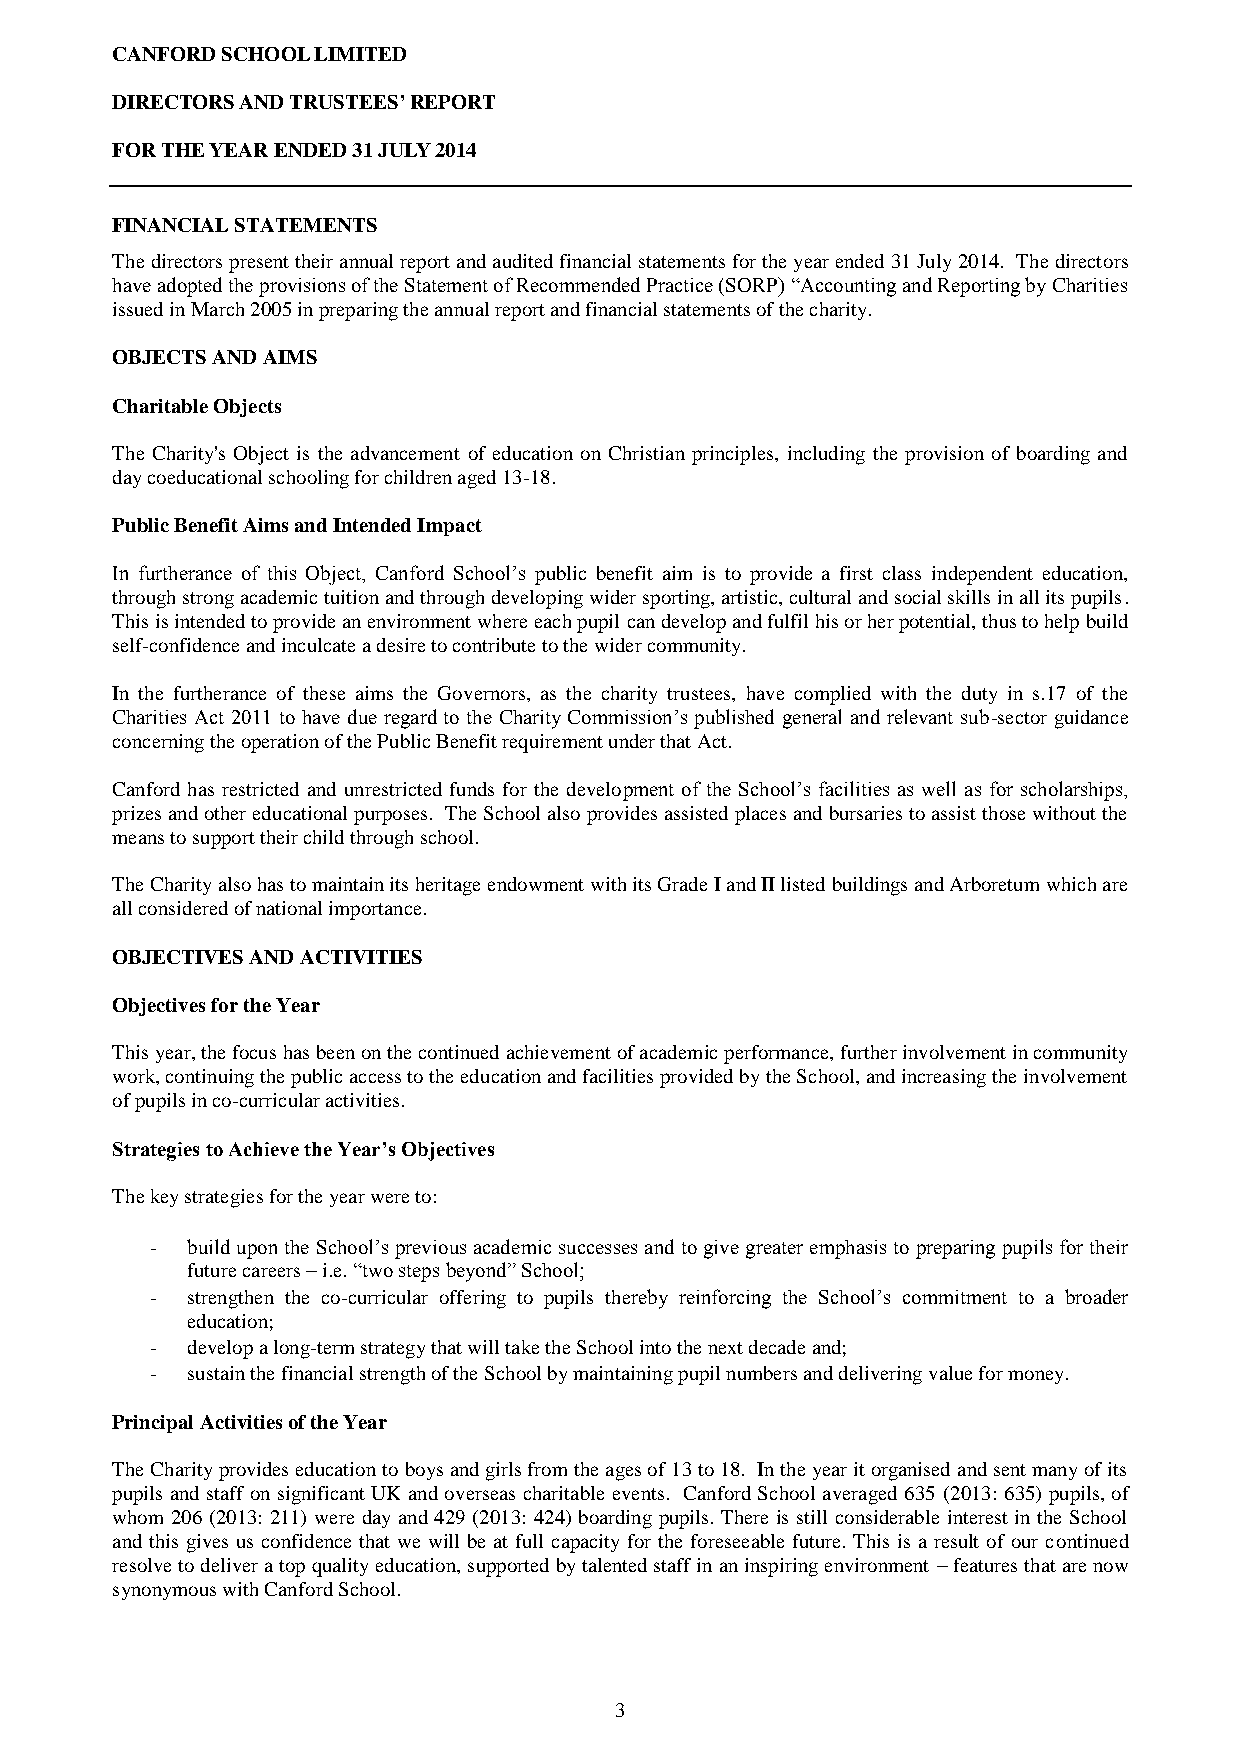
CANFORD SCHOOL LIMITED
 DIRECTORS AND TRUSTEES’ REPORT
 FOR THE YEAR ENDED 31 JULY 2014
 FINANCIAL STATEMENTS
 The directors present their annual report and audited financial statements for the year ended 31 July 2014. The directors
 have adopted the provisions of the Statement of Recommended Practice (SORP) “Accounting and Reporting by Charities
 issued in March 2005 in preparing the annual report and financial statements of the charity.
 OBJECTS AND AIMS
 Charitable Objects
 The Charity's Object is the advancement of education on Christian principles, including the provision of boarding and
 day coeducational schooling for children aged 13-18.
 Public Benefit Aims and Intended Impact
 In furtherance of this Object, Canford School’s public benefit aim is to provide a first class independent education,
 through strong academic tuition and through developing wider sporting, artistic, cultural and social skills in all its pupils.
 This is intended to provide an environment where each pupil can develop and fulfil his or her potential, thus to help build
 self-confidence and inculcate a desire to contribute to the wider community.
 In the furtherance of these aims the Governors, as the charity trustees, have complied with the duty in s.17 of the
 Charities Act 2011 to have due regard to the Charity Commission’s published general and relevant sub-sector guidance
 concerning the operation of the Public Benefit requirement under that Act.
 Canford has restricted and unrestricted funds for the development of the School’s facilities as well as for scholarships,
 prizes and other educational purposes. The School also provides assisted places and bursaries to assist those without the
 means to support their child through school.
 The Charity also has to maintain its heritage endowment with its Grade I and II listed buildings and Arboretum which are
 all considered of national importance.
 OBJECTIVES AND ACTIVITIES
 Objectives for the Year
 This year, the focus has been on the continued achievement of academic performance, further involvement in community
 work, continuing the public access to the education and facilities provided by the School, and increasing the involvement
 of pupils in co-curricular activities.
 Strategies to Achieve the Year’s Objectives
 The key strategies for the year were to:
 - build upon the School’s previous academic successes and to give greater emphasis to preparing pupils for their
 future careers – i.e. “two steps beyond” School;
 - strengthen the co-curricular offering to pupils thereby reinforcing the School’s commitment to a broader
 education;
 - develop a long-term strategy that will take the School into the next decade and;
 - sustain the financial strength of the School by maintaining pupil numbers and delivering value for money.
 Principal Activities of the Year
 The Charity provides education to boys and girls from the ages of 13 to 18. In the year it organised and sent many of its
 pupils and staff on significant UK and overseas charitable events. Canford School averaged 635 (2013: 635) pupils, of
 whom 206 (2013: 211) were day and 429 (2013: 424) boarding pupils. There is still considerable interest in the School
 and this gives us confidence that we will be at full capacity for the foreseeable future. This is a result of our continued
 resolve to deliver a top quality education, supported by talented staff in an inspiring environment – features that are now
 synonymous with Canford School.
 3